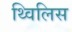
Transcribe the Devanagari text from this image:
थ्‍विलिस